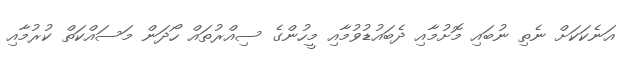
އަނެކަކަށް ނެތި ނުބައި މޮށުމާއި ދެބައުޑުވުމާއި މީހުންގެ ސިއްރުތައް ހޯދަން މަސައްކަތް ކުރުމާއި